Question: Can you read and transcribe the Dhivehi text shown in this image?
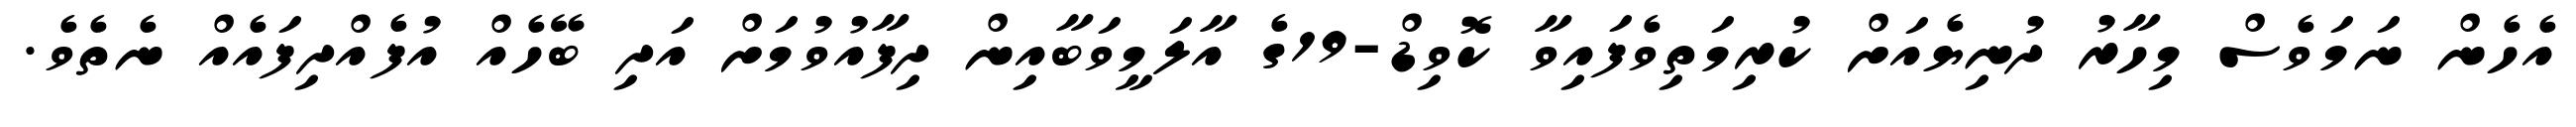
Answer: އެހެން ނަމަވެސް މިހާރު ދުނިޔެއަށް ކުރިމަތިވެފައިވާ ކޮވިޑް-19ގެ އާލަމީވަބާއިން ދިފާއުވުމަށް އަދި ބޭހެއް އުފެއްދިފައެއް ނެތެވެ.